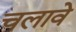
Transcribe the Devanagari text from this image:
चलावे